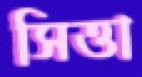
সিত্তা